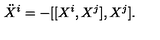
\ddot { X } ^ { i } = - [ [ X ^ { i } , X ^ { j } ] , X ^ { j } ] .